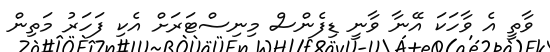
ވާތީ އެ ވާހަކަ އޭނާ ވާނީ ޑިފެންސް މިނިސްޓަރަށް އެކި ފަހަރު މަތިން